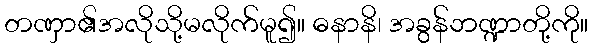
တဏှာ၏အလိုသို့မလိုက်မူ၍။ ဓနာနိ၊ အခွန်ဘဏ္ဍာတို့ကို။